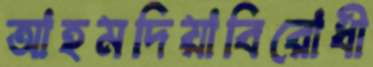
আহমদিয়াবিরোধী